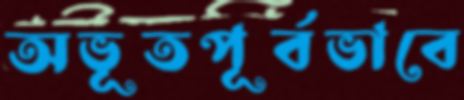
অভূতপূর্বভাবে